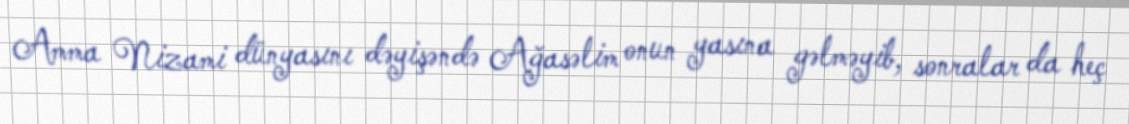
Amma Nizami dünyasını dəyişəndə Ağasəlim onun yasına gəlməyib, sonralar da heç